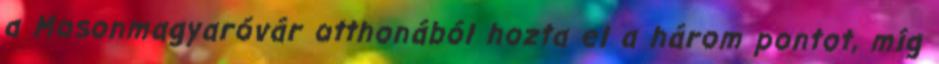
a Mosonmagyaróvár otthonából hozta el a három pontot, míg